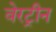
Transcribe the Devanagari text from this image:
वेरट्रीन